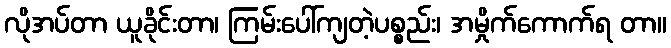
လိုအပ်တာ ယူခိုင်းတာ၊ ကြမ်းပေါ်ကျတဲ့ပစ္စည်း၊ အမှိုက်ကောက်ရ တာ။